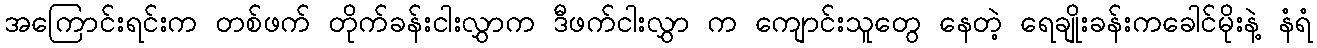
အကြောင်းရင်းက တစ်ဖက် တိုက်ခန်းငါးလွှာက ဒီဖက်ငါးလွှာ က ကျောင်းသူတွေ နေတဲ့ ရေချိုးခန်းကခေါင်မိုးနဲ့ နံရံ